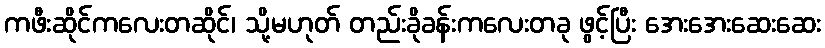
ကဖီးဆိုင်ကလေးတဆိုင်၊ သို့မဟုတ် တည်းခိုခန်းကလေးတခု ဖွင့်ပြီး အေးအေးဆေးဆေး